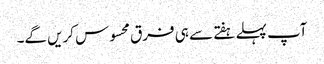
آپ پہلے ہفتے سے ہی فرق محسوس کریں گے۔